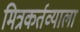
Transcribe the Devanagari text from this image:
मित्रकर्तव्याला